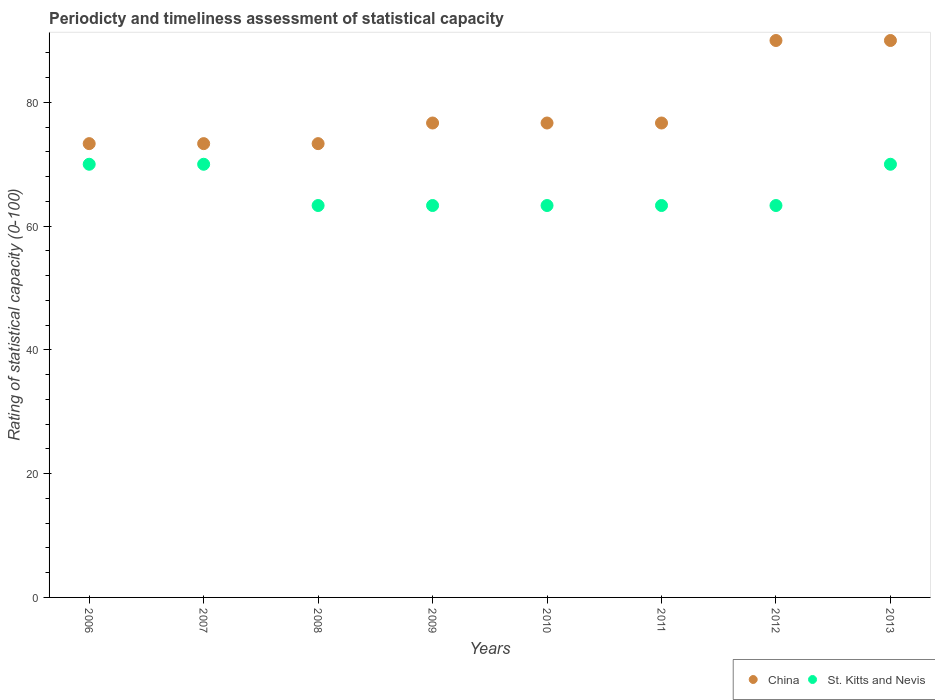
| Years | China | St. Kitts and Nevis |
 | --- | --- | --- |
 | 2006 | 73.3 | 70 |
 | 2007 | 73.3 | 70 |
 | 2008 | 73.3 | 63.3 |
 | 2009 | 76.7 | 63.3 |
 | 2010 | 76.7 | 63.3 |
 | 2011 | 76.7 | 63.3 |
 | 2012 | 90 | 63.3 |
 | 2013 | 90 | 70 |